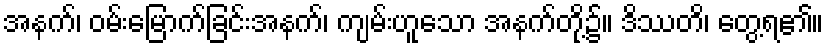
အနက်၊ ဝမ်းမြောက်ခြင်းအနက်၊ ကျမ်းဟူသော အနက်တို့၌။ ဒိဿတိ၊ တွေ့ရ၏။